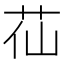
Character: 苮